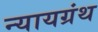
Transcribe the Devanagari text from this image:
न्यायग्रंथ